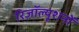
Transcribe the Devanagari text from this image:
रिज़ॉल्यूशनों